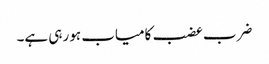
ضرب عضب کامیاب ہو رہی ہے۔